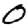
Digit: 0